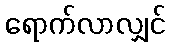
ရောက်လာလျှင်